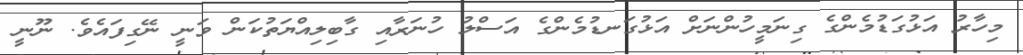
މިހާރު އަޅުގަޑުމެންގެ ގިނަމީހުންނަށް އަޅުގަނޑުމެންގެ އަސްލު ހުނަރާއި ގާބިލިއްޔަތުކަން ވަނީ ނޭގިފައެވެ. ނޫނީ